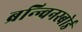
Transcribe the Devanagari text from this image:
ब्रन्न्विनस्बोर्ड